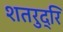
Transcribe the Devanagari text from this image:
शतरुद्रि